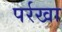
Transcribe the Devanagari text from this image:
पर्रखा